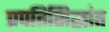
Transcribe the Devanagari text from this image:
प्रपतिसिद्धांत